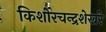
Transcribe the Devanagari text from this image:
किशोरचन्द्रशेखरे